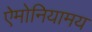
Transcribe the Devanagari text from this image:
ऐमोनियामय